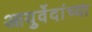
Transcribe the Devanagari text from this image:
आयुर्वेदांच्या